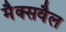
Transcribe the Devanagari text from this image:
मैक्सवैल